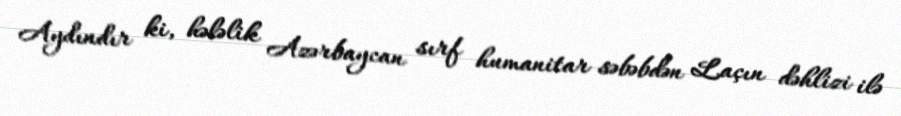
Aydındır ki, hələlik Azərbaycan sırf humanitar səbəbdən Laçın dəhlizi ilə